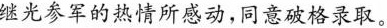
继光参军的热情所感动，同意破格录取。